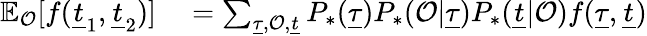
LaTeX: \begin{array}{r}{\begin{array}{rl}{\mathbb{E}_{\mathcal{O}}[f(\underline{{t}}_{1},\underline{{t}}_{2})]}&{{}=\sum_{\underline{{\tau}},\mathcal{O},\underline{{t}}}P_{*}(\underline{{\tau}})P_{*}(\mathcal{O}|\underline{{\tau}})P_{*}(\underline{{t}}|\mathcal{O})f(\underline{{\tau}},\underline{{t}})}\end{array}}\end{array}